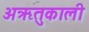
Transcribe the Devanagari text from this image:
अऋतुकाली